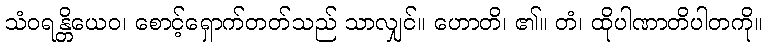
သံဝရန္တိယေဝ၊ စောင့်ရှောက်တတ်သည် သာလျှင်။ ဟောတိ၊ ၏။ တံ၊ ထိုပါဏာတိပါတကို။